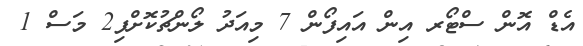
އެޑް އޮން ސްޓޯރ އިން އައިފޯން 7 މިއަދު ލޯންޗުކޮށްފި2 މަސް 1